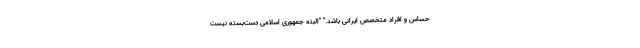
حساس و افراد متخصص ایرانی باشد." "البته جمهوری اسلامی دست‌بسته نیست